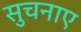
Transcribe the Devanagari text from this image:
सुचनाए